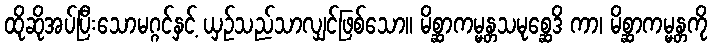
ထိုဆိုအပ်ပြီးသောမဂ္ဂင်နှင့် ယှဉ်သည်သာလျှင်ဖြစ်သော။ မိစ္ဆာကမ္မန္တသမုစ္ဆေဒိ ကာ၊ မိစ္ဆာကမ္မန္တကို